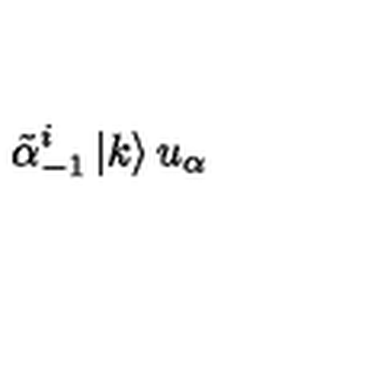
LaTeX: \tilde { \alpha } _ { - 1 } ^ { i } \left| k \right> u _ { \alpha }